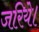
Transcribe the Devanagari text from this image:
जरिये।